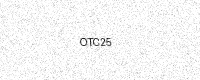
Text: OTC25